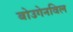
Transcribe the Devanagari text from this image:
बोउगेनविल